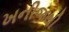
ખનીજથી